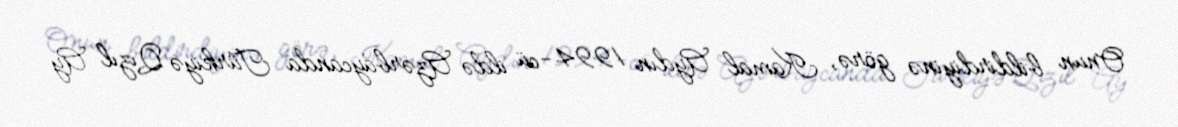
Onun bildirdiyinə görə, Kamal Aydın 1994-cü ildə Azərbaycanda Türkiyə Qızıl Ay